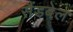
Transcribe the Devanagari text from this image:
सैंडबेल